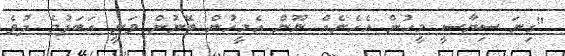
"ގިނަ ސިޔާސީ މީހުން އެހެނެއް ނޫން އެމީހުން ބޭނުން ވަނީ އަބަދުމެ ދުވެ